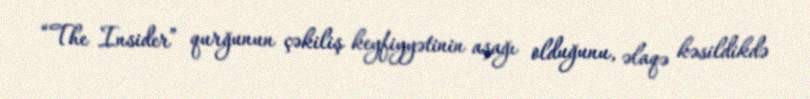
“The Insider” qurğunun çəkiliş keyfiyyətinin aşağı olduğunu, əlaqə kəsildikdə